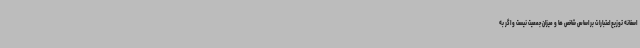
اسفانه توزیع اعتبارات بر اساس شاخص ها و میزان جمعیت نیست و اگر به